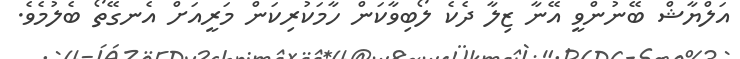
އަލްޔާޝް ބޭނުންވީ އޭނާ ޒިލާ ދެކެ ލޯބިވާކަން ހާމަކުރިކަން މަރީއަށް އެނގޭތޯ ބެލުމެވެ.